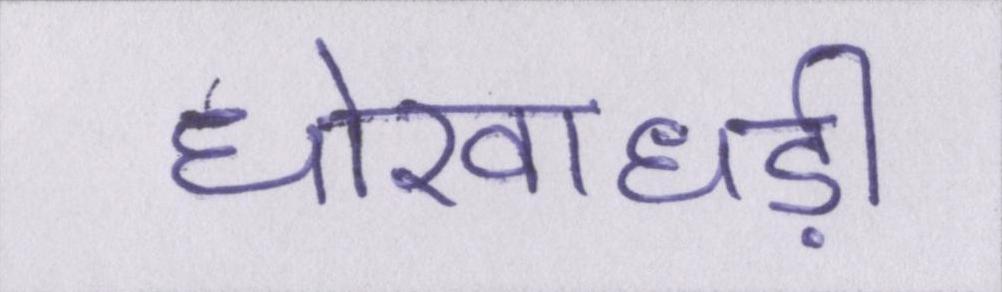
धोखाधड़ी